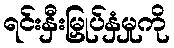
ရင်းနှီးမြှုပ်နှံမှုကို